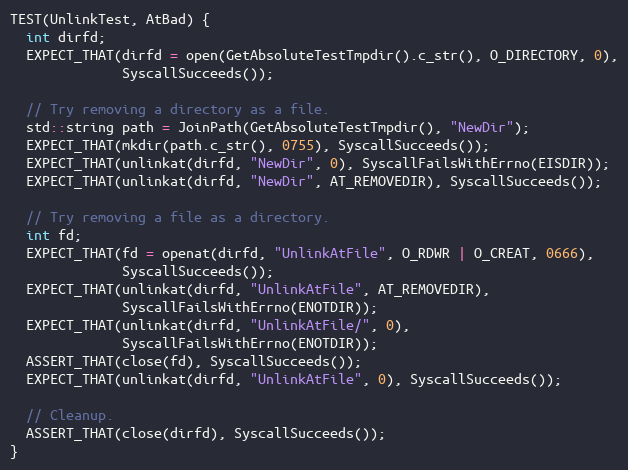
Language: C++
TEST(UnlinkTest, AtBad) {
  int dirfd;
  EXPECT_THAT(dirfd = open(GetAbsoluteTestTmpdir().c_str(), O_DIRECTORY, 0),
              SyscallSucceeds());

  // Try removing a directory as a file.
  std::string path = JoinPath(GetAbsoluteTestTmpdir(), "NewDir");
  EXPECT_THAT(mkdir(path.c_str(), 0755), SyscallSucceeds());
  EXPECT_THAT(unlinkat(dirfd, "NewDir", 0), SyscallFailsWithErrno(EISDIR));
  EXPECT_THAT(unlinkat(dirfd, "NewDir", AT_REMOVEDIR), SyscallSucceeds());

  // Try removing a file as a directory.
  int fd;
  EXPECT_THAT(fd = openat(dirfd, "UnlinkAtFile", O_RDWR | O_CREAT, 0666),
              SyscallSucceeds());
  EXPECT_THAT(unlinkat(dirfd, "UnlinkAtFile", AT_REMOVEDIR),
              SyscallFailsWithErrno(ENOTDIR));
  EXPECT_THAT(unlinkat(dirfd, "UnlinkAtFile/", 0),
              SyscallFailsWithErrno(ENOTDIR));
  ASSERT_THAT(close(fd), SyscallSucceeds());
  EXPECT_THAT(unlinkat(dirfd, "UnlinkAtFile", 0), SyscallSucceeds());

  // Cleanup.
  ASSERT_THAT(close(dirfd), SyscallSucceeds());
}